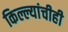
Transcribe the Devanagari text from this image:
किल्ल्यांचीही